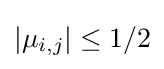
\left|\mu _{i,j}\right|\leq 1/2